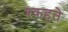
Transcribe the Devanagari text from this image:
श्कहते